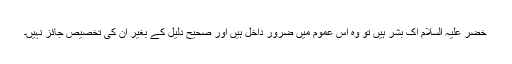
خضر علیہ السلام اک بشر ہیں تو وہ اس عموم میں ضرور داخل ہیں اور صحیح دلیل کے بغیر ان کی تخصیص جائز نہیں۔